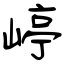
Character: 嵉